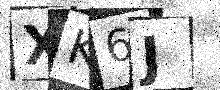
Text: XK6J